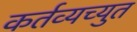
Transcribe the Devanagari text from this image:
कर्तव्यच्युत